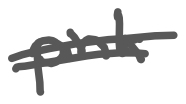
Text: pink
Cross-out: mix
Writing tool: digital_gray